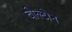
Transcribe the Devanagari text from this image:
वोल्टोन